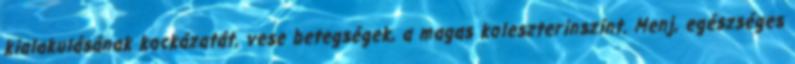
kialakulásának kockázatát, vese betegségek, a magas koleszterinszint. Menj, egészséges